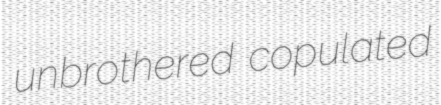
unbrothered copulated